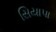
સિયાપા